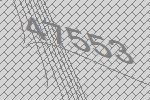
47553